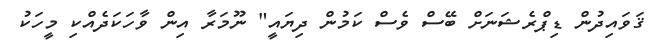
ޤަވައިދުން ޑިޕްރެޝަނަށް ބޭސް ވެސް ކަމުން ދިޔައީ" ނޫމަރާ އިން ވާހަކަދެއްކި މީހަކު